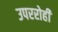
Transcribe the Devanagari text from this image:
उपररोही